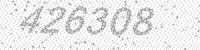
Solution: 426308